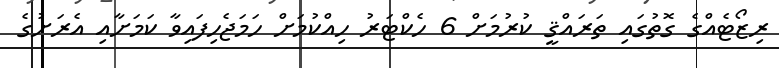
ރިޒޯޓެއްގެ ގޮތުގައި ތަރައްޤީ ކުރުމަށް 6 ހެކްޓަރު ހިއްކުމަށް ހަމަޖެހިފައިވާ ކަމަށާއި އެރަށުގެ